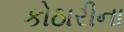
કોઠારીના